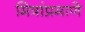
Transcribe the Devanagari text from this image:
मित्रांप्रमाणे